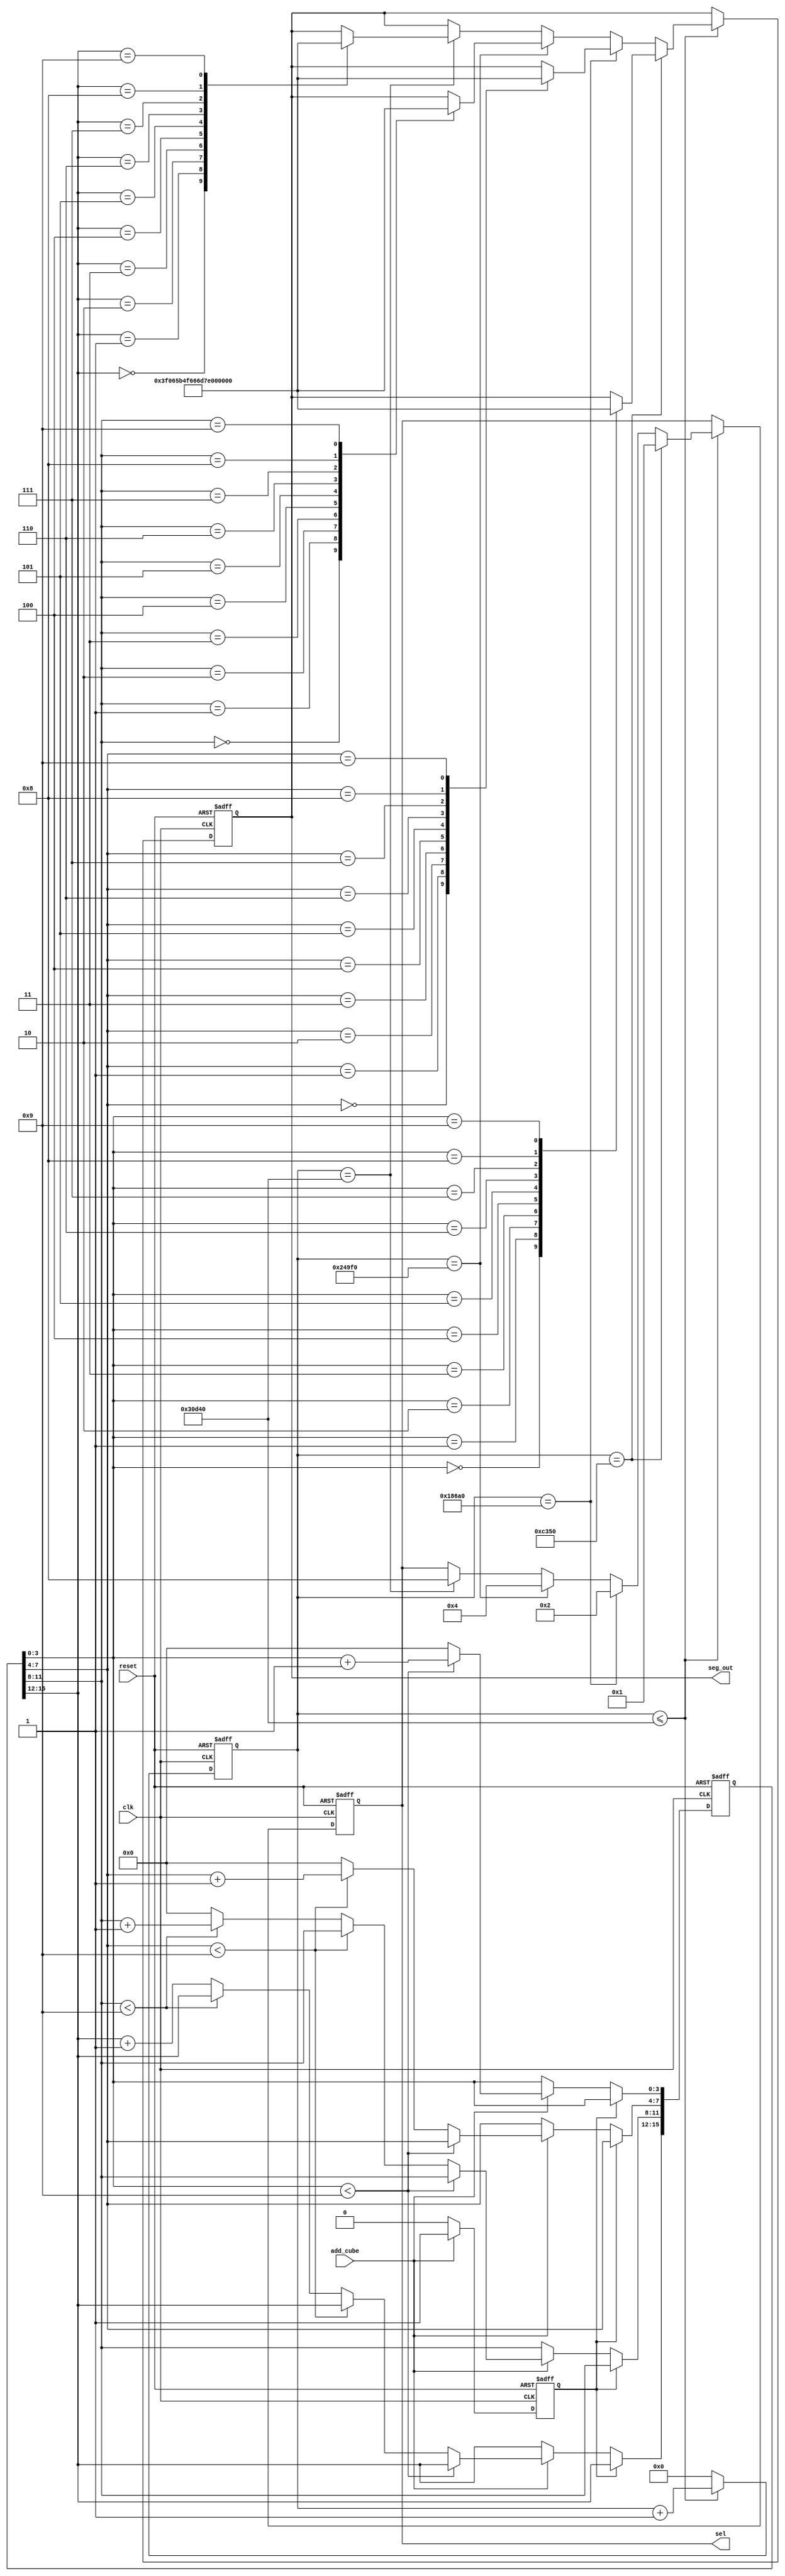
module Seg_display(
	
	input clk,
	input reset,
	
	input add_cube,
	
	output reg [7:0] seg_out,
	output reg [3:0] sel);

	reg [15:0] point;
	reg [31:0] clk_cnt;
	
	always @(posedge clk or negedge reset ) begin
	
		if( !reset  ) begin
		
			seg_out <= 0;
		   clk_cnt <= 0;
			sel <= 0;
			
		end
		
		else begin
		
			if( clk_cnt <= 200000 ) 
			
			     begin
				
				clk_cnt <= clk_cnt + 1;
				
				if( clk_cnt == 50000 ) begin
				
					sel <= 4'b0001;
					
					case( point[3:0] )
					
                    0:seg_out =8'b0011_1111;
                    1:seg_out =8'b0000_0110;
                    2:seg_out =8'b0101_1011;   
                    3:seg_out =8'b0100_1111;
                    4:seg_out =8'b0110_0110;
                    5:seg_out =8'b0110_1101;
                    6:seg_out =8'b0111_1101;
                    7:seg_out =8'b0000_0111;
                    8:seg_out =8'b0111_1111;
                    9:seg_out =8'b0110_1111;
					default;
					endcase  
					
					
				end
				
				else if( clk_cnt == 100000 ) begin
				
					sel <= 4'b0010;
					
					case( point[7:4] )
					
                    0:seg_out =8'b0011_1111;
                    1:seg_out =8'b0000_0110;
                    2:seg_out =8'b0101_1011;   
                    3:seg_out =8'b0100_1111;
                    4:seg_out =8'b0110_0110;
                    5:seg_out =8'b0110_1101;
                    6:seg_out =8'b0111_1101;
                    7:seg_out =8'b0000_0111;
                    8:seg_out =8'b0111_1111;
                    9:seg_out =8'b0110_1111;
					default;

					
					endcase 
				end
				
				else if( clk_cnt == 150000 ) begin
				
					sel <= 4'b0100;
					
					case( point[11:8] )
					
                    0:seg_out =8'b0011_1111;
                    1:seg_out =8'b0000_0110;
                    2:seg_out =8'b0101_1011;   
                    3:seg_out =8'b0100_1111;
                    4:seg_out =8'b0110_0110;
                    5:seg_out =8'b0110_1101;
                    6:seg_out =8'b0111_1101;
                    7:seg_out =8'b0000_0111;
                    8:seg_out =8'b0111_1111;
                    9:seg_out =8'b0110_1111;
					default;

					
					endcase 
					
				end
				
				else if( clk_cnt == 200000 ) begin
				
					sel <= 4'b1000;
					
		   		case( point[15:12] )
					
                   0:seg_out =8'b0011_1111;
                   1:seg_out =8'b0000_0110;
                   2:seg_out =8'b0101_1011;   
                   3:seg_out =8'b0100_1111;
                   4:seg_out =8'b0110_0110;
                   5:seg_out =8'b0110_1101;
                   6:seg_out =8'b0111_1101;
                   7:seg_out =8'b0000_0111;
                   8:seg_out =8'b0111_1111;
                   9:seg_out =8'b0110_1111;
					default;

				endcase  
					
				end
					
			end
			
			else 
				clk_cnt <= 0;
		
		end 
		
	end
	
	reg addcube_state;
	
	always @( posedge clk or negedge reset  ) begin
		
		if( reset == 0 ) begin

			point <= 0;
			addcube_state <= 0;
			
		end
		
		else begin
		
			case( addcube_state )
		
			0: begin
				if( add_cube ) begin
				
					if( point[3:0] < 9 )
						point[3:0] <= point[3:0] + 1;
					else begin
						point[3:0] <= 0;
						if( point[7:4] < 9 )
							point[7:4] <= point[7:4] + 1;
						else begin
							point[7:4] <= 0;
							if( point[11:8] < 9 ) 
								point[11:8] <= point[11:8] + 1;
							else begin
								point[11:8] <= 0;
								point[15:12] <= point[15:12] + 1;
							end
						end
					end
					
					addcube_state <= 1;
					
				end
			end
			
			1: begin
			
				if(!add_cube)
					addcube_state <= 0;
					
			end
			
			endcase
			
		end
		
	end
	
endmodule